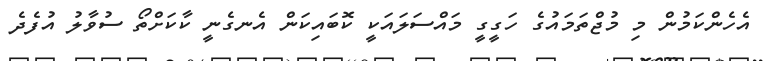
އެހެންކަމުން މި މުޖްތަމައުގެ ހަގީގީ މައްސަލައަކީ ކޮބައިކަން އެނގެނީ ކާކަށްތޯ ސުވާލު އުފެދެ